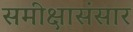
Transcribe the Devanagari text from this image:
समीक्षासंसार